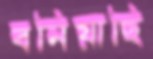
বনিয়াছি